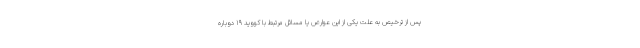
پس از ترخیص به علت یکی از این عوارض یا مسائل مرتبط با کووید ۱۹ دوباره